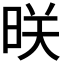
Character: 𬀲